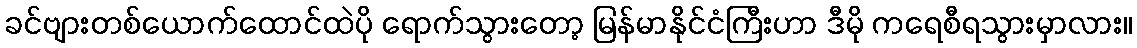
ခင်ဗျားတစ်ယောက်ထောင်ထဲပို ရောက်သွားတော့ မြန်မာနိုင်ငံကြီးဟာ ဒီမို ကရေစီရသွားမှာလား။